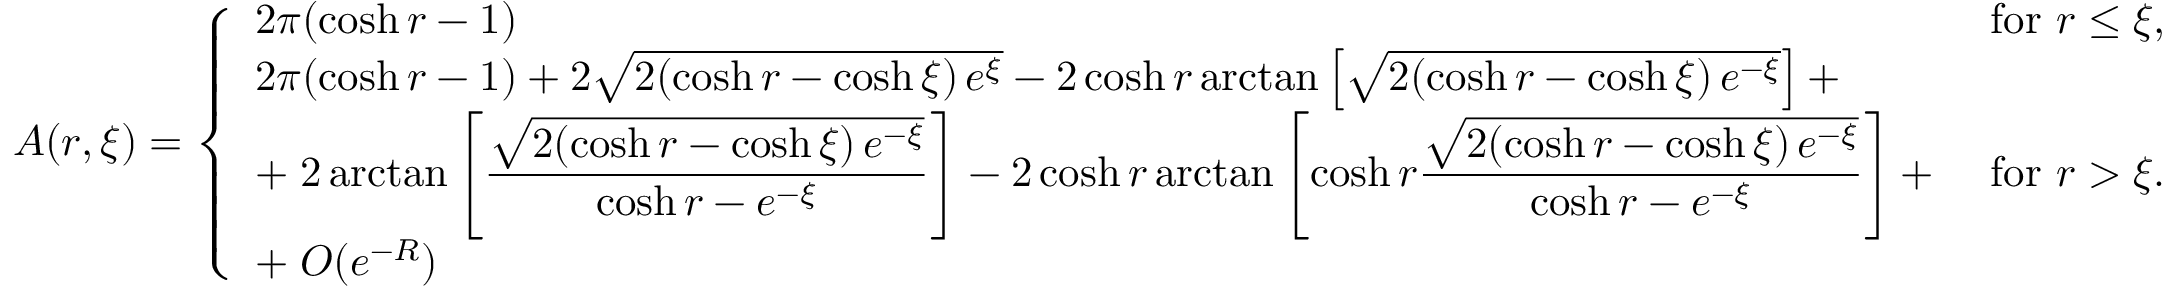
A ( r , \xi ) = \left\{ \begin{array} { l l } { 2 \pi ( \cosh r - 1 ) } & { \mathrm { ~ f o r ~ } r \leq \xi , \medskip } \\ { 2 \pi ( \cosh r - 1 ) + 2 \sqrt { 2 ( \cosh r - \cosh \xi ) \, e ^ { \xi } } - 2 \cosh r \arctan \left[ \sqrt { 2 ( \cosh r - \cosh \xi ) \, e ^ { - \xi } } \right] + } & { \medskip } \\ { \displaystyle + \; 2 \arctan \left[ \frac { \sqrt { 2 ( \cosh r - \cosh \xi ) \, e ^ { - \xi } } } { \cosh r - e ^ { - \xi } } \right] - 2 \cosh r \arctan \left[ \cosh r \frac { \sqrt { 2 ( \cosh r - \cosh \xi ) \, e ^ { - \xi } } } { \cosh r - e ^ { - \xi } } \right] + } & { \mathrm { ~ f o r ~ } r > \xi . \medskip } \\ { \displaystyle + \; O ( e ^ { - R } ) } & \end{array} \right.